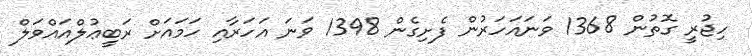
ހިޖުރީ ގޮތުން 1368 ވަނައަހަރުން ފެށިގެން 1398 ވަނަ އަހަރާއި ހަމައަށް ރަބީޢުލްއައްވަލް